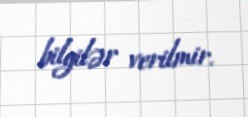
bilgilər verilmir.